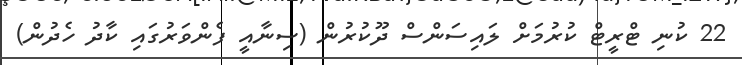
22 ކުނި ޓްރީޓް ކުރުމަށް ލައިސަންސް ދޫކުރުން (ސިނާއީ ފެންވަރުގައި ކާދު ހެދުން)